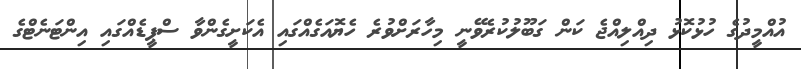
އުއްމީދުގެ ހުޅުކޮޅު ދިއްލިއްޖެ ކަން ގަބޫލުކުރެވޭނީ މިހާރަށްވުރެ ހެޔޮއަގެއްގައި އެކަށީގެންވާ ސްޕީޑެއްގައި އިންޓަނެޓްގެ